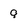
Character: 9